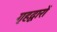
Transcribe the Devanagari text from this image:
गृहद्वारों